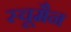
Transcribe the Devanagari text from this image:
स्चूमैन